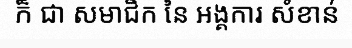
ក៏ ជា សមាជិក នៃ អង្គការ សំខាន់